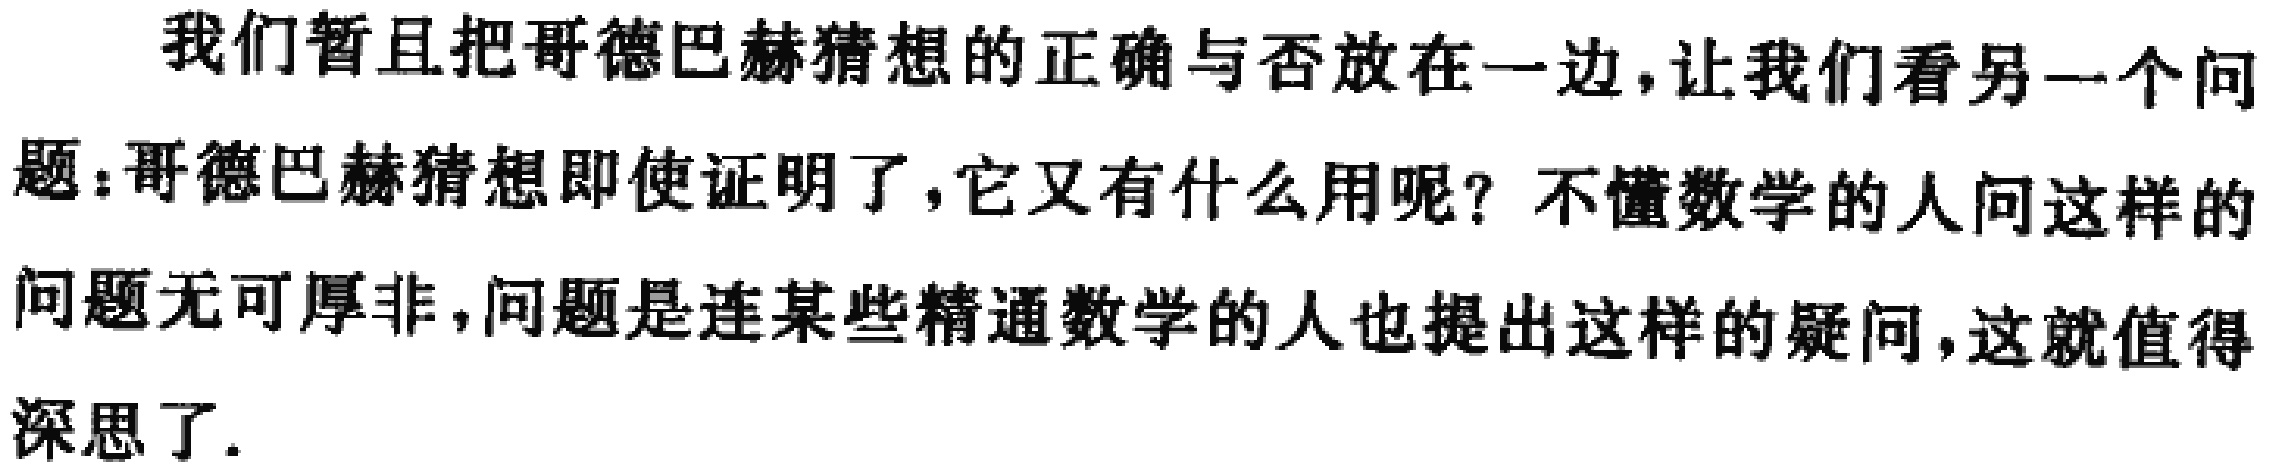
我们暂且把哥德巴赫猜想的正确与否放在一边，让我们看另一个问

题：哥德巴赫猜想即使证明了，它又有什么用呢？不懂数学的人问这样的

问题无可厚非，问题是连某些精通数学的人也提出这样的疑问，这就值得

深思了.